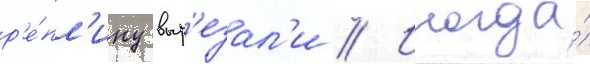
р'е́пл'ику выр'езал'и // Иногда́